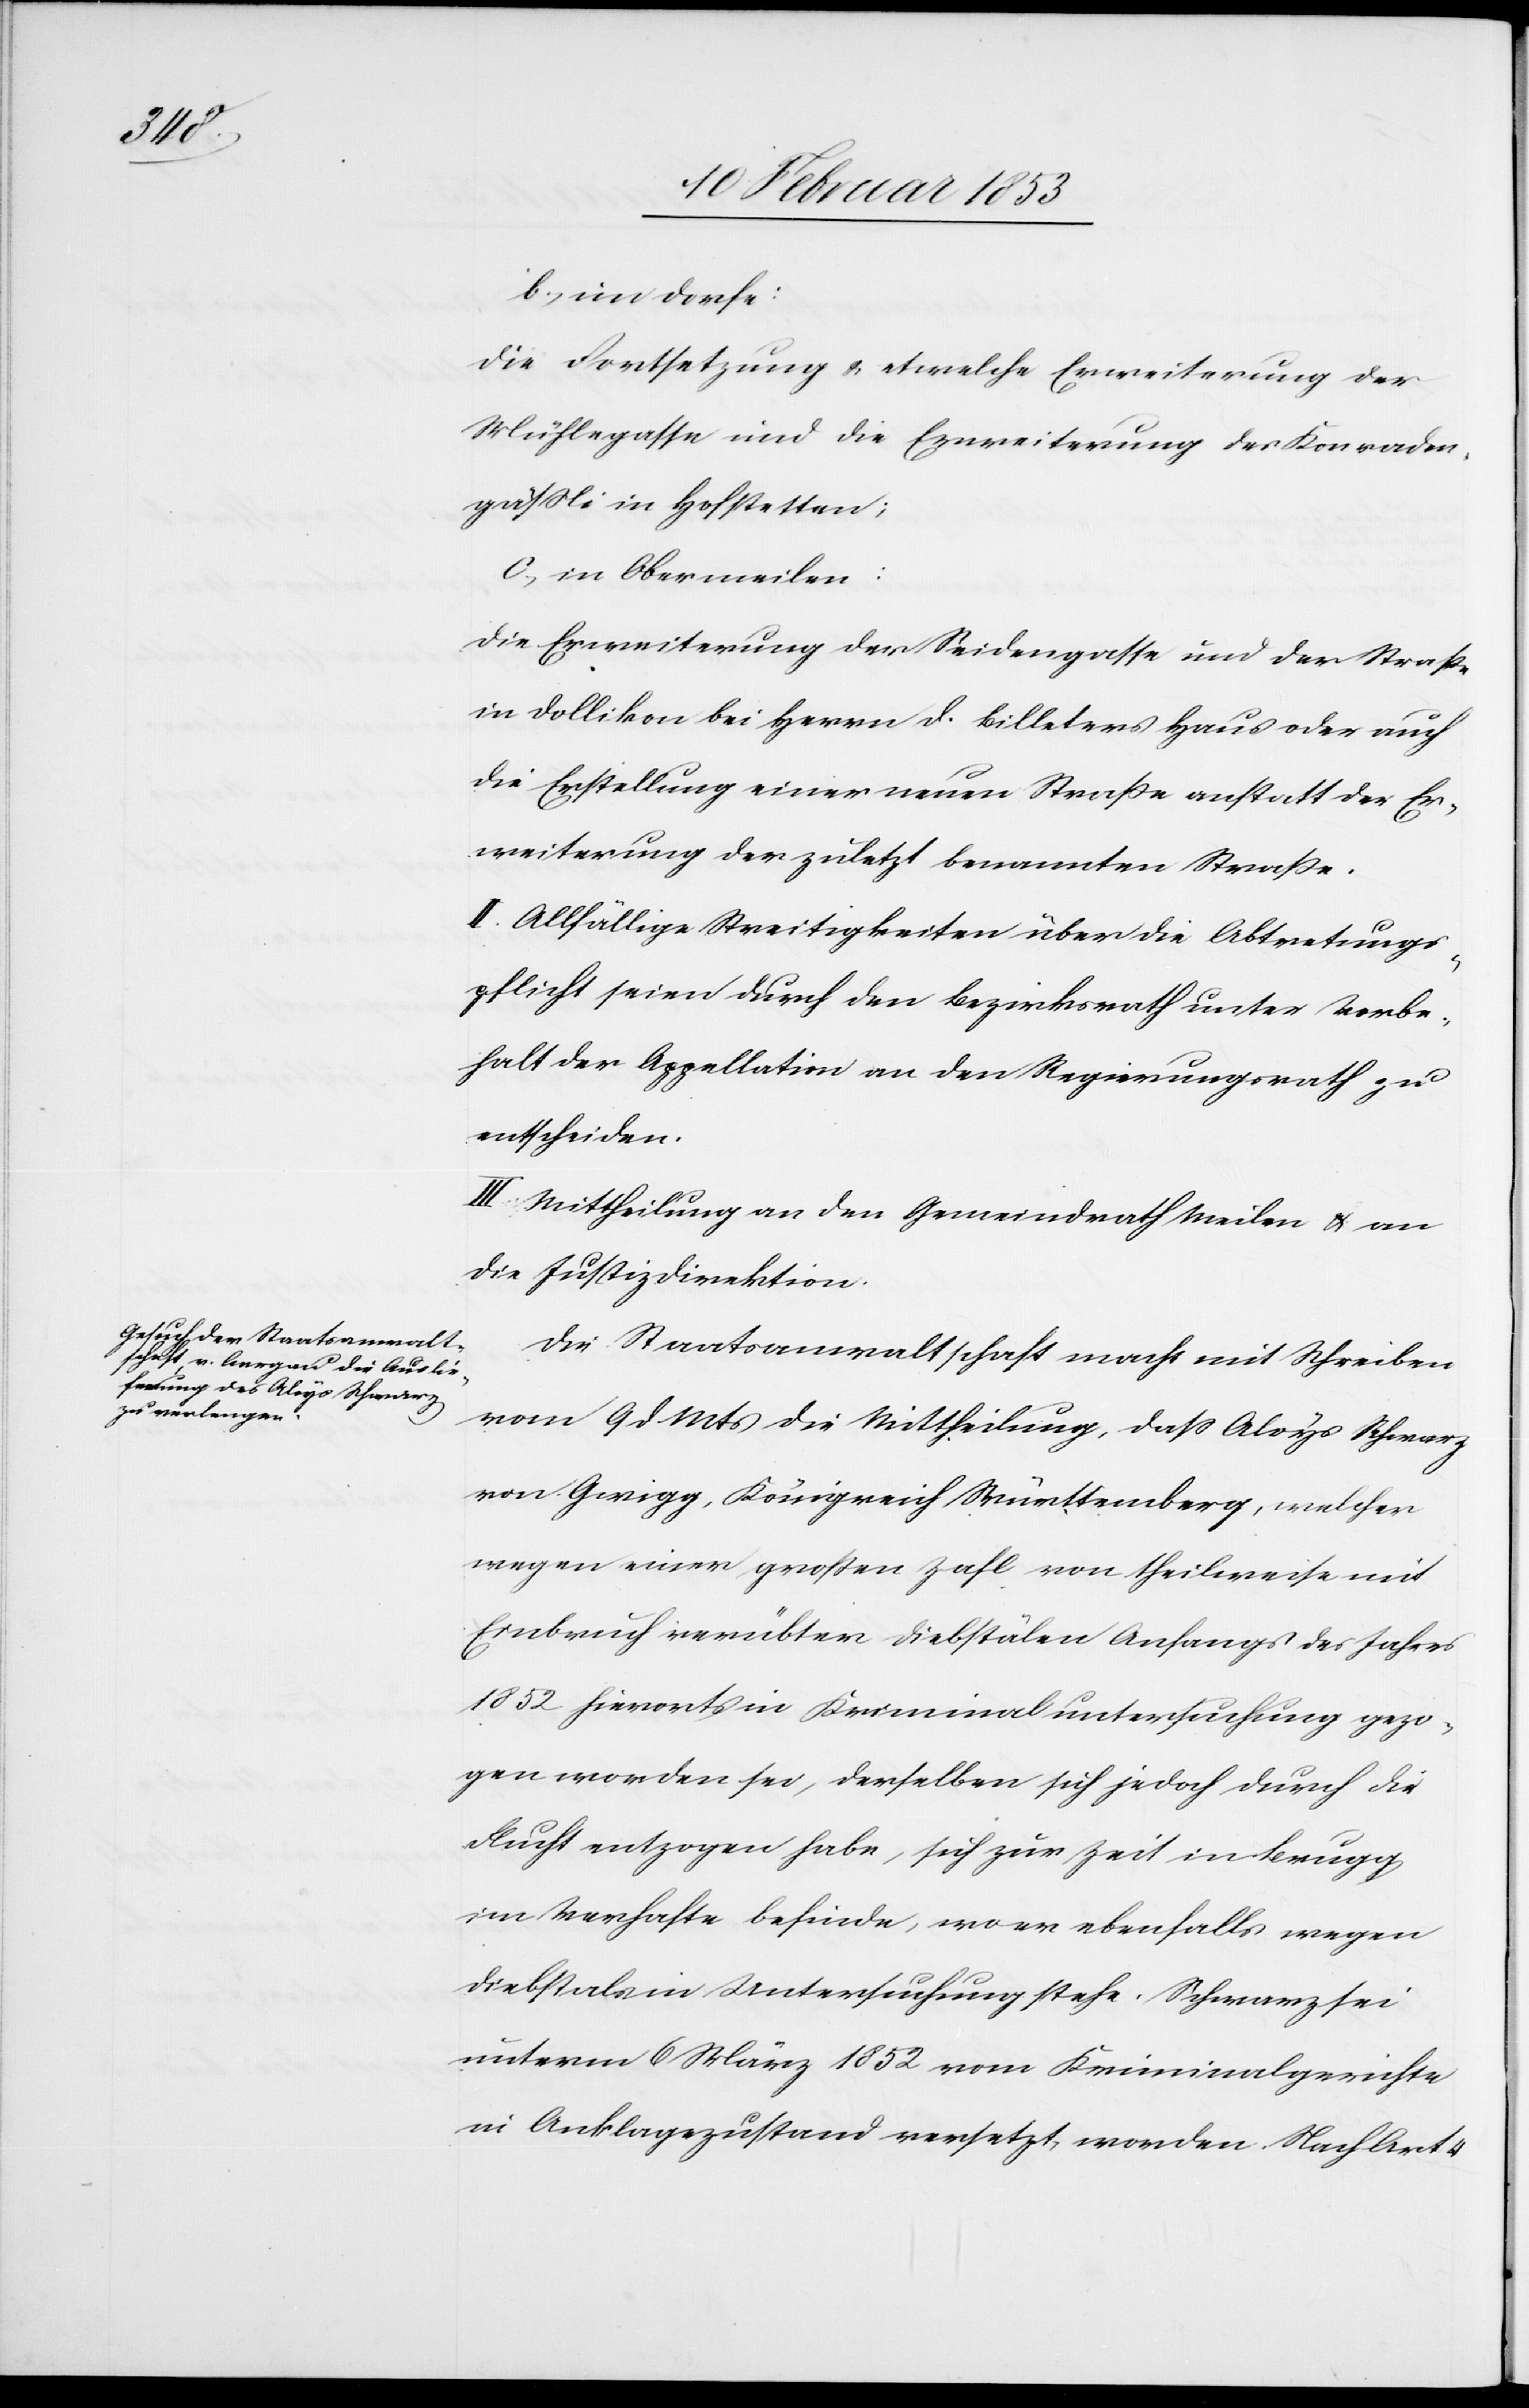
b, im Dorfe:
Die Fortsetzung u. etwelche Erweiterung der
Mühlegasse und die Erweiterung des Konrader¬
päßli in Hofstetten;
c, in Obermeilen:
Die Erweiterung der Seidengasse und der Straße
in Dollikon bei Herrn D. Billeters Haus oder auch
die Erstellung einer neuen Straße anstatt der Er¬
weiterung der zuletzt benannten Straße.
II. Allfällige Streitigkeiten über die Abtretungs¬
pflicht seien durch den Bezirksrath unter Vorbe¬
halt der Appellation an den Regierungsrath zu
entscheiden.
III. Mittheilung an den Gemeindrath Meilen u. an
die Justizdirektion.
Die Staatsanwaltschaft macht mit Schreiben
vom 9 d. Mts. die Mittheilung, daß Aloys Schwarz
von Gwigg, Königreich Württemberg, welcher
wegen einer großen Zahl von theilweise mit
Einbruch verübten Diebstählen Anfangs des Jahres
1852 hierorts in Kriminaluntersuchung gezo¬
gen worden sei, derselben sich jedoch durch die
Flucht entzogen habe, sich zur Zeit in Brugg,
im Verhafte befinde, wo er ebenfalls wegen
Diebstählen in Untersuchung stehe. Schwarz sei
unterm 6 März 1852 vom Kriminalgerichte
in Anklagezustand versetzt worden. Nach Art. 4